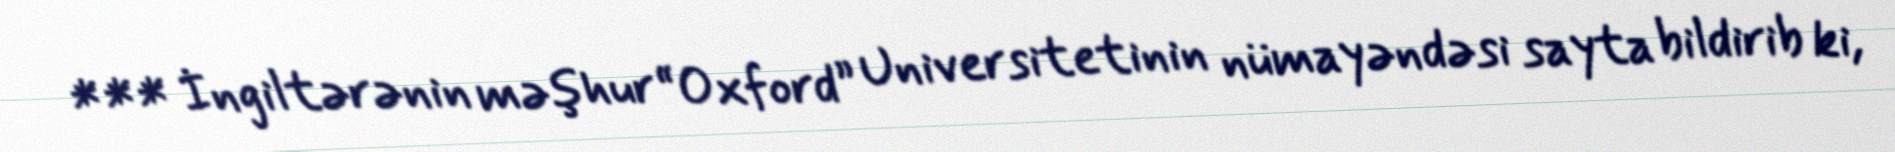
*** İngiltərənin məşhur “Oxford” Universitetinin nümayəndəsi sayta bildirib ki,